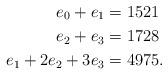
LaTeX: \begin{align*}e_{0} + e_{1} &= 1521 \\e_{2} + e_{3} &= 1728\\e_{1} + 2e_{2} + 3e_{3} &= 4975.\end{align*}